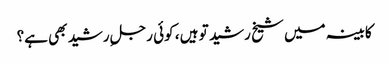
کابینہ میں شیخ رشید تو ہیں ، کوئی رجلِ رشید بھی ہے؟